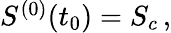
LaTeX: \begin{array}{r}{S^{(0)}(t_{0})=S_{c}\, ,}\end{array}